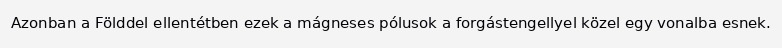
Azonban a Földdel ellentétben ezek a mágneses pólusok a forgástengellyel közel egy vonalba esnek.